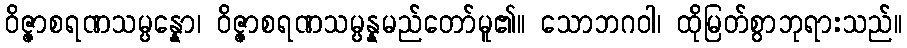
ဝိဇ္ဇာစရဏသမ္ပန္နော၊ ဝိဇ္ဇာစရဏသမ္ပန္နမည်တော်မူ၏။ သောဘဂဝါ၊ ထိုမြတ်စွာဘုရားသည်။